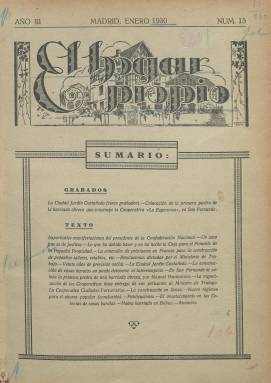
Título: El Hogar propio
Colección: Arquitectura y construcción || Urbanismo
Ámbito geográfico: Madrid
Lugar de publicación: Madrid
Fechas: 01/01/1930-31/12/1930

Revista mensual “dedicada a la defensa de la cooperación de casas baratas y del ahorro popular”, órgano de la Confederación Nacional de Cooperativas de Casas Baratas, son las indicaciones de esta publicación, vinculada al movimiento en favor de la construcción de la vivienda “propia”, “higiénica” y “barata”, que había surgido del I Congreso Nacional de Cooperativas del año 1927. Comienza a publicarse en noviembre de 1928, en entregas de 16 o 18 páginas, compuestas a tres columnas y estampadas, generalmente en papel cuché, formando su colección en la Biblioteca Nacional de España, desde la número 15, de enero de 1930, hasta la número 26, de diciembre de ese mismo año, aunque editará hasta la número 33, de agosto-septiembre de 1931. Nacida la confederación y su revista en el ámbito de la Dictadura primoriverista, no alcanzó quizá por el ello el suficiente apoyo de la II República, a pesar de que en 1932 agrupaba a unas doscientas cooperativas de toda España, entre ellas la creada, en 1926, en la cuenca minera cordobesa de Peñarroya-Pueblonuevo del Terrible denominada “Pablo Iglesias”.

La revista estuvo dirigida por Antonio López Baeza y su gerente fue Adolfo Garachana Pérez, alto funcionario y vocal del Patronato de la política inmobiliaria del Estado, a la vez que secretario de la confederación, presidida por Juan Pardo y Werhle, y contó con importantes colaboraciones, como las de Mariano García Cortés o Julio Senador López, destacando entre ellas las de Luis de Sala, arquitecto especializado en las denominadas viviendas “mínimas” y en la construcción de “colonias”. En sus páginas se da cuenta de diversos proyectos y construcciones de este tipo viviendas sociales u obreras (pisos, chalecitos, pareadas, etc.), que desarrollaron una nueva arquitectura y urbanismo a través de nuevas barriadas o “ciudades jardín” o “lineales” en poblaciones españolas en las primeras décadas del siglo veinte, cuyos textos van acompañados de las correspondientes fotografías y otras ilustraciones, como planos y maquetas.

Así mismo ofrece, información sobre el desarrollo legislativo y administrativo y las actuaciones gubernamentales sobre la materia, centradas en la Dirección General de Acción Social del Ministerio de Trabajo y Previsión. También publica noticias sobre ahorro popular, financiación, concesión de préstamos, abastecimientos, problemas de insalubridad de las viviendas habitadas por las clases obreras o el problema del acceso a la vivienda en general. Inserta también anuncios publicitarios.